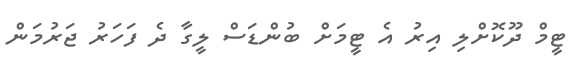
ޓީމް ދޫކޮށްލި އިރު އެ ޓީމަށް ބުންޑަސް ލީގާ ދެ ފަހަރު ޖަރުމަން